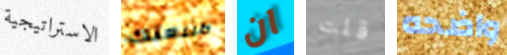
الاستراتيجية طبيعتك ان قلت واضحه